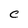
Character: C